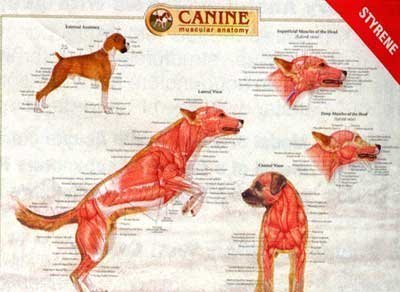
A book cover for Canine Muscular Anatomy Chart; Anatomical Chart Company; Medical Books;